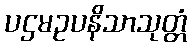
ပဌမဥပနိသာသုတ္တံ